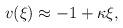
LaTeX: \begin{align*}v(\xi) \approx -1 +\kappa \xi,\end{align*}